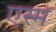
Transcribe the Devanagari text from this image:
एस्मे